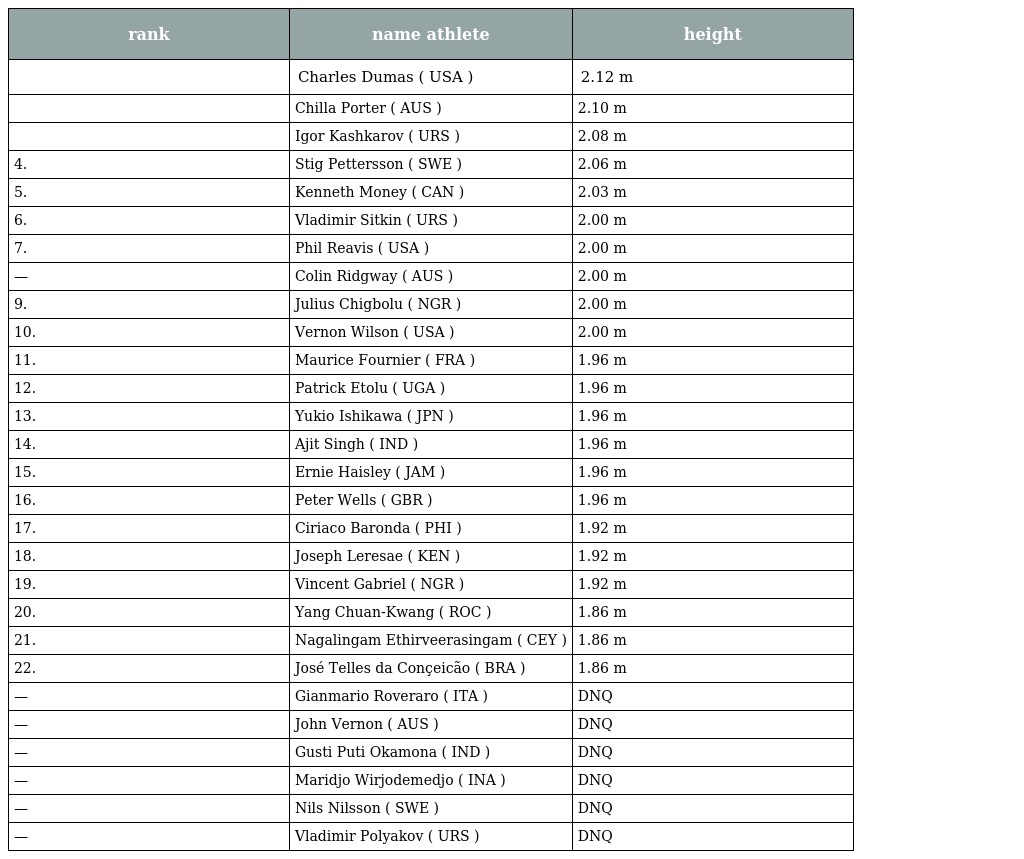
| rank | name athlete | height |
 | --- | --- | --- |
 |  | Charles Dumas ( USA ) | 2.12 m |
 |  | Chilla Porter ( AUS ) | 2.10 m |
 |  | Igor Kashkarov ( URS ) | 2.08 m |
 | 4. | Stig Pettersson ( SWE ) | 2.06 m |
 | 5. | Kenneth Money ( CAN ) | 2.03 m |
 | 6. | Vladimir Sitkin ( URS ) | 2.00 m |
 | 7. | Phil Reavis ( USA ) | 2.00 m |
 | — | Colin Ridgway ( AUS ) | 2.00 m |
 | 9. | Julius Chigbolu ( NGR ) | 2.00 m |
 | 10. | Vernon Wilson ( USA ) | 2.00 m |
 | 11. | Maurice Fournier ( FRA ) | 1.96 m |
 | 12. | Patrick Etolu ( UGA ) | 1.96 m |
 | 13. | Yukio Ishikawa ( JPN ) | 1.96 m |
 | 14. | Ajit Singh ( IND ) | 1.96 m |
 | 15. | Ernie Haisley ( JAM ) | 1.96 m |
 | 16. | Peter Wells ( GBR ) | 1.96 m |
 | 17. | Ciriaco Baronda ( PHI ) | 1.92 m |
 | 18. | Joseph Leresae ( KEN ) | 1.92 m |
 | 19. | Vincent Gabriel ( NGR ) | 1.92 m |
 | 20. | Yang Chuan-Kwang ( ROC ) | 1.86 m |
 | 21. | Nagalingam Ethirveerasingam ( CEY ) | 1.86 m |
 | 22. | José Telles da Conçeicão ( BRA ) | 1.86 m |
 | — | Gianmario Roveraro ( ITA ) | DNQ |
 | — | John Vernon ( AUS ) | DNQ |
 | — | Gusti Puti Okamona ( IND ) | DNQ |
 | — | Maridjo Wirjodemedjo ( INA ) | DNQ |
 | — | Nils Nilsson ( SWE ) | DNQ |
 | — | Vladimir Polyakov ( URS ) | DNQ |